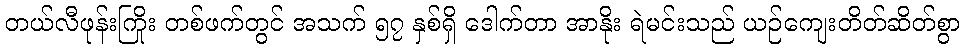
တယ်လီဖုန်းကြိုး တစ်ဖက်တွင် အသက် ၅၇ နှစ်ရှိ ဒေါက်တာ အာနိုး ရဲမင်းသည် ယဉ်ကျေးတိတ်ဆိတ်စွာ